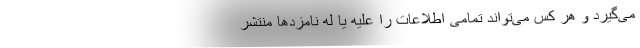
می‌گیرد و هر کس می‌تواند تمامی اطلاعات را علیه یا له نامزدها منتشر